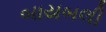
બાયબલી